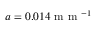
a = 0 . 0 1 4 \mathrm { ~ m ~ m ~ } ^ { - 1 }